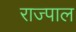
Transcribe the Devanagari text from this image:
राज्पाल